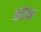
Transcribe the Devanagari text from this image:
संर्दभा